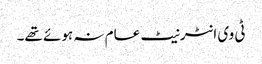
ٹی وی انٹرنیٹ عام نہ ہوئے تھے۔